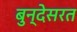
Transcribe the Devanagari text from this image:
बुन्देसरत